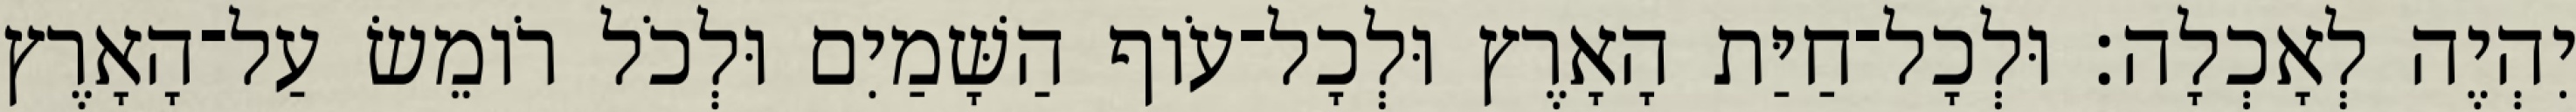
יִהְיֶה לְאָכְלָה׃ וּלְכָל־חַיַּת הָאָרֶץ וּלְכָל־עֹוף הַשָּׁמַיִם וּלְכֹל רֹומֵשׂ עַל־הָאָרֶץ